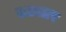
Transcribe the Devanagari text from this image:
तउतार